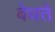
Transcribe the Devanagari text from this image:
बेधते